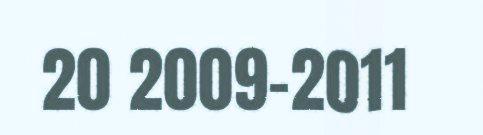
20 2009-2011